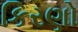
કિરણો